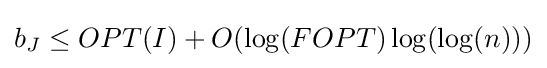
b_{J}\leq OPT(I)+O(\log(FOPT)\log(\log(n)))